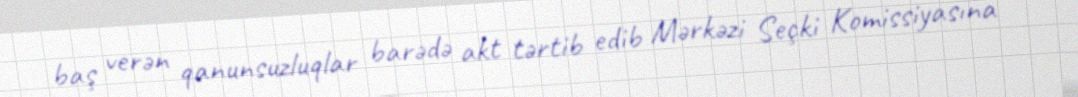
baş verən qanunsuzluqlar barədə akt tərtib edib Mərkəzi Seçki Komissiyasına